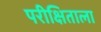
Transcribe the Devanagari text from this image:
परीक्षिताला